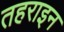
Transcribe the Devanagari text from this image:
तहराइन